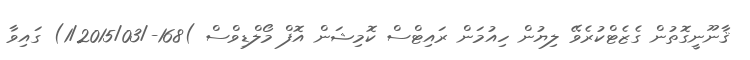
ޤާނޫނީގޮތުން ގެޒެޓްކުރެވޭ ލިޔުން ހިއުމަން ރައިޓްސް ކޮމިޝަން އޮފް މޯލްޑިވްސް )168-/1/2015/03) ގައިވާ